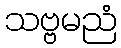
သဗ္ဗမညံ